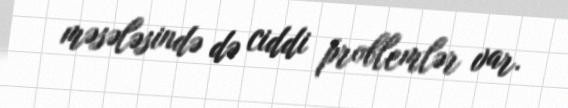
məsələsində də ciddi problemlər var.